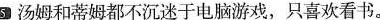
5汤姆和蒂姆都不沉迷于电脑游戏，只喜欢看书.